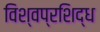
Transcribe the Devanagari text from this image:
विश्वप्रशिद्ध